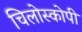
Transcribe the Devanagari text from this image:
चिलोस्कोपी